Report of the Municipal Commissioner on the plague in Bombay for the year ending 31st May... - Volume 2
Disease focus: Plague
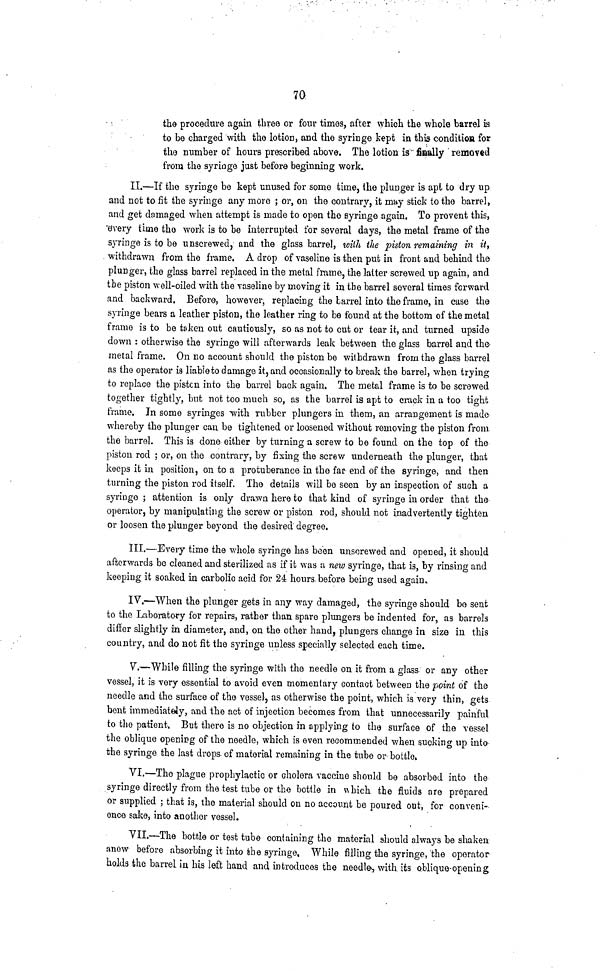
70
the procedure again three or four times, after which the whole barrel is
to be charged with the lotion, and the syringe kept in this condition for
the number of hours prescribed above. The lotion is finally removed
from the syringe just before beginning work.
II.—If the syringe be kept unused for some time, the plunger is apt to dry up
and not to fit the syringe any more ; or, on the contrary, it may stick to the barrel,
and get damaged when attempt is made to open the syringe again. To prevent this,
every time the work is to be interrupted for several days, the metal frame of the
syringe is to be unscrewed, and the glass barrel, with the piston remaining in it,
withdrawn from the frame. A drop of vaseline is then put in front and behind the
plunger, the glass barrel replaced in the metal frame, the latter screwed up again, and
the piston well-oiled with the vaseline by moving it in the barrel several times forward
and backward. Before, however, replacing the barrel into the frame, in case the
syringe bears a leather piston, the leather ring to be found at the bottom of the metal
frame is to be taken out cautiously, so as not to cut or tear it, and turned upside
down : otherwise the syringe will afterwards leak between the glass barrel and the
metal frame. On no account should the piston be withdrawn from the glass barrel
as the operator is liable to damage it, and occasionally to break the barrel, when trying
to replace the piston into the barrel back again. The metal frame is to be screwed
together tightly, but not too much so, as the barrel is apt to crack in a too tight
frame. In some syringes "with rubber plungers in them, an arrangement is made
whereby the plunger can be tightened or loosened without removing the piston from
the barrel. This is done either by turning a screw to be found on the top of the
piston rod ; or, on the contrary, by fixing the screw underneath the plunger, that
keeps it in position, on to a protuberance in the far end of the syringe, and then
turning the piston rod itself. The details will be seen by an inspection of such a
syringe ; attention is only drawn here to that kind of syringe in order that the
operator, by manipulating the screw or piston rod, should not inadvertently tighten
or loosen the plunger beyond the desired degree.
III.—Every time the whole syringe has been unscrewed and opened, it should
afterwards be cleaned and sterilized as if it was a new syringe, that is, by rinsing and
keeping it soaked in carbolic acid for 24 hours, before being used again.
IV.—When the plunger gets in any way damaged, the syringe should bo sent
to the Laboratory for repairs, rather than spare plungers be indented for, as barrels
differ slightly in diameter, and, on the other hand, plungers change in size in this
country, and do not fit the syringe unless specially selected each time.
V.—While filling the syringe with the needle on it from a glass or any other
vessel, it is very essential to avoid even momentary contact between the point of the
needle and the surface of the vessel, as otherwise the point, which is very thin, gets
bent immediately, and the act of injection becomes from that unnecessarily painful
to the patient. But there is no objection in applying to the surface of the vessel
the oblique opening of the needle, which is even recommended when sucking up into
the syringe the last drops of material remaining in the tube or bottlo k
VI.—The plague prophylactic or cholera vaccine should be absorbed into the
syringe directly from the test tube or the bottle in which the fluids are prepared
or supplied ; that is, the material should on no account be poured out, for conveni-
ence sake, into another vessel.
VII.—The bottle or test tube containing the material should always be shaken
anow before absorbing it into the syringe. While filling the syringe, the operator
holds the barrel in his left hand and introduces the needle-, with its oblique-opening